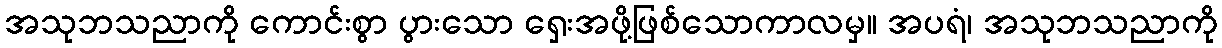
အသုဘသညာကို ကောင်းစွာ ပွားသော ရှေးအဖို့ဖြစ်သောကာလမှ။ အပရံ၊ အသုဘသညာကို